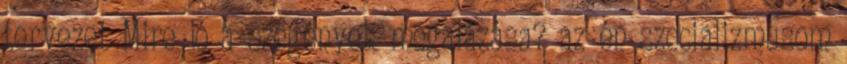
tervezet Mire jó a szegények megalázása? az én szocializmusom